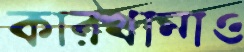
কারখানাও